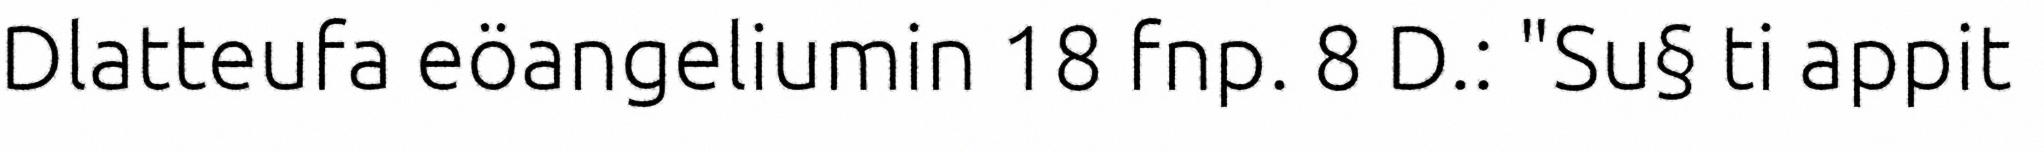
Dlatteufa eöangeliumin 18 fnp. 8 D.: "Su§ ti appit